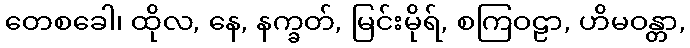
တေစခေါ၊ ထိုလ, နေ, နက္ခတ်, မြင်းမိုရ်, စကြဝဠာ, ဟိမဝန္တာ,